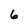
Character: 6